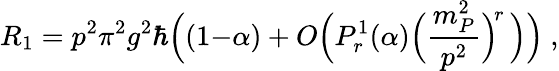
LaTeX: R_{1}=p^{2}\pi^{2}g^{2}\hbar\Big((1{-}\alpha)+O\Big(P_{r}^{1}(\alpha)\Big(\frac{m_{P}^{2}}{p^{2}}\Big)^{\! r}\, \Big)\Big)~,